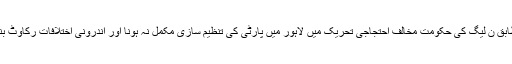
ذرائع کے مطابق ن لیگ کی حکومت مخالف احتجاجی تحریک میں لاہور میں پارٹی کی تنظیم سازی مکمل نہ ہونا اور اندرونی اختلافات رکاوٹ بننے لگے ہیں۔